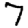
Digit: 7